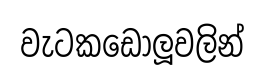
වැටකඩොලූවලින්